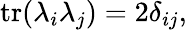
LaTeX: \operatorname{tr}(\lambda_{i}\lambda_{j})=2\delta_{ij},